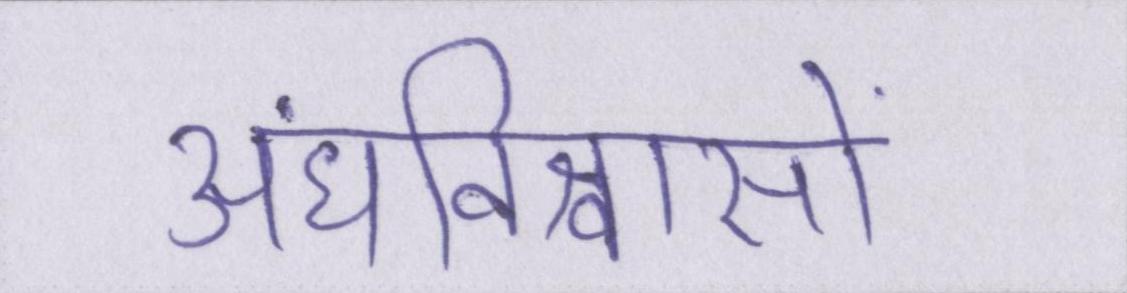
अंधविश्वासों